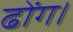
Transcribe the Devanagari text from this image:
ढोंग।